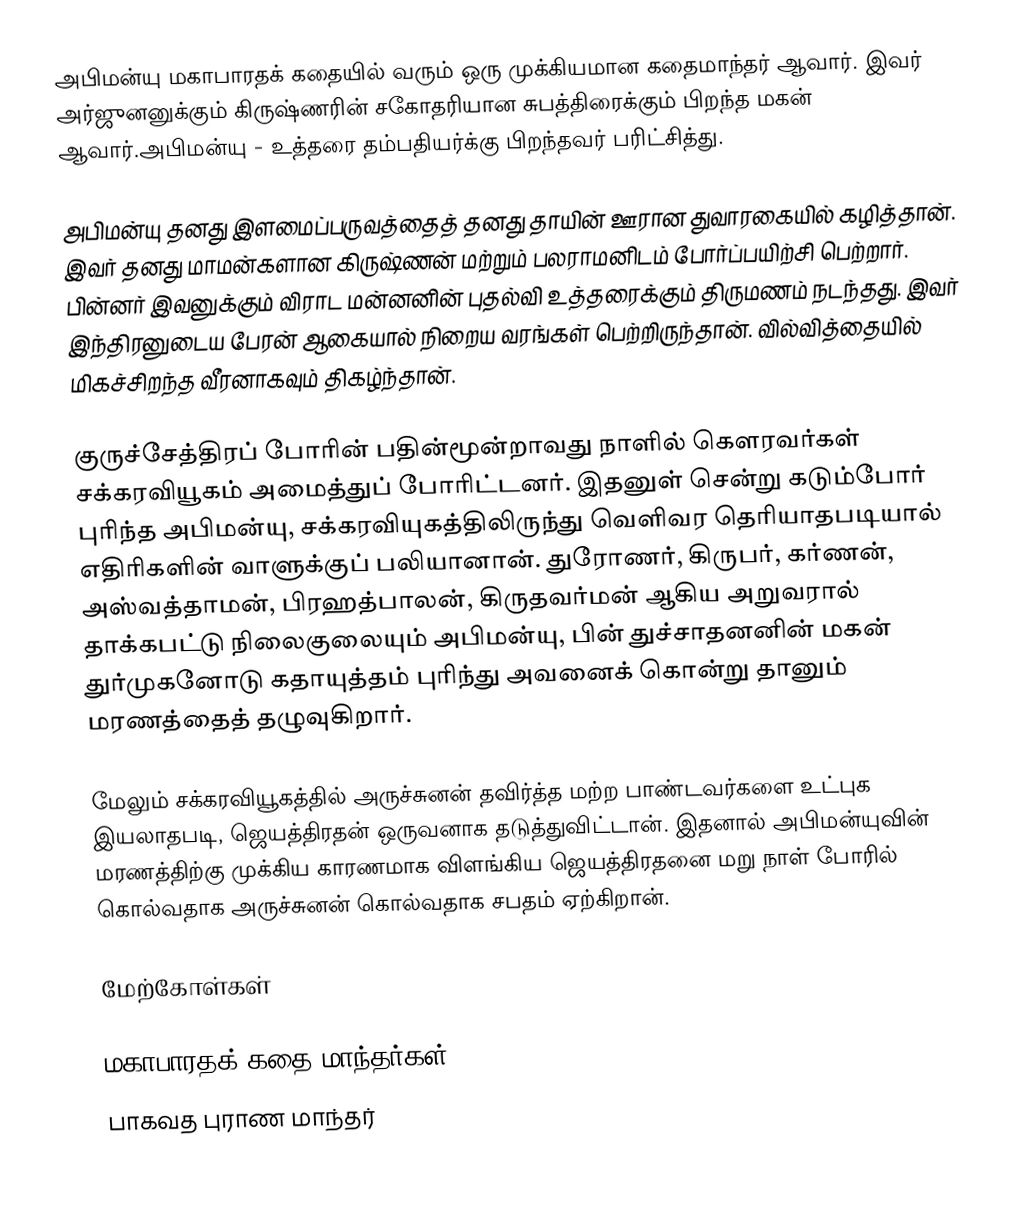
அபிமன்யு மகாபாரதக் கதையில் வரும் ஒரு முக்கியமான கதைமாந்தர் ஆவார். இவர் அர்ஜுனனுக்கும் கிருஷ்ணரின் சகோதரியான சுபத்திரைக்கும் பிறந்த மகன் ஆவார்.அபிமன்யு - உத்தரை தம்பதியர்க்கு பிறந்தவர் பரிட்சித்து.

அபிமன்யு தனது இளமைப்பருவத்தைத் தனது தாயின் ஊரான துவாரகையில் கழித்தான். இவர் தனது மாமன்களான கிருஷ்ணன் மற்றும் பலராமனிடம் போர்ப்பயிற்சி பெற்றார். பின்னர் இவனுக்கும் விராட மன்னனின் புதல்வி உத்தரைக்கும் திருமணம் நடந்தது. இவர் இந்திரனுடைய பேரன் ஆகையால் நிறைய வரங்கள் பெற்றிருந்தான். வில்வித்தையில் மிகச்சிறந்த வீரனாகவும் திகழ்ந்தான்.

குருச்சேத்திரப் போரின் பதின்மூன்றாவது நாளில் கௌரவர்கள் சக்கரவியூகம் அமைத்துப் போரிட்டனர். இதனுள் சென்று கடும்போர் புரிந்த அபிமன்யு, சக்கரவியுகத்திலிருந்து வெளிவர தெரியாதபடியால் எதிரிகளின் வாளுக்குப் பலியானான். துரோணர், கிருபர், கர்ணன், அஸ்வத்தாமன், பிரஹத்பாலன், கிருதவர்மன் ஆகிய அறுவரால் தாக்கபட்டு நிலைகுலையும் அபிமன்யு, பின் துச்சாதனனின் மகன் துர்முகனோடு கதாயுத்தம் புரிந்து அவனைக் கொன்று தானும் மரணத்தைத் தழுவுகிறார்.

மேலும் சக்கரவியூகத்தில் அருச்சுனன் தவிர்த்த மற்ற பாண்டவர்களை உட்புக இயலாதபடி, ஜெயத்திரதன் ஒருவனாக தடுத்துவிட்டான். இதனால் அபிமன்யுவின் மரணத்திற்கு முக்கிய காரணமாக விளங்கிய ஜெயத்திரதனை மறு நாள் போரில் கொல்வதாக அருச்சுனன் கொல்வதாக சபதம் ஏற்கிறான்.

மேற்கோள்கள்

மகாபாரதக் கதை மாந்தர்கள்
பாகவத புராண மாந்தர்